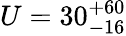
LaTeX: U=30_{-16}^{+60}